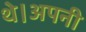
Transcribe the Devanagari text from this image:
थे।अपनी